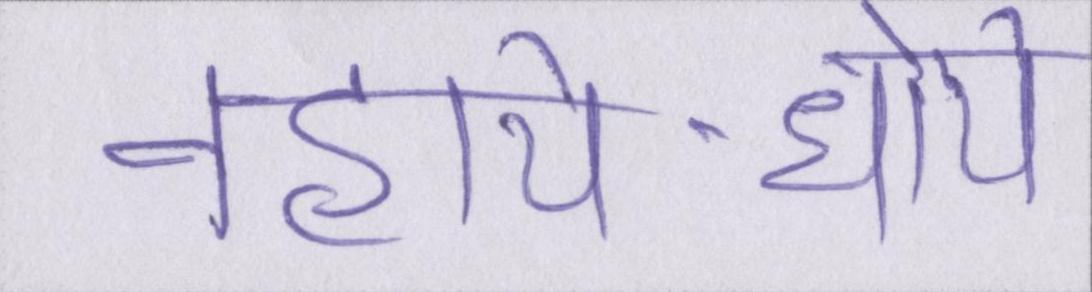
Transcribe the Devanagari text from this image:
नहाये-धोये